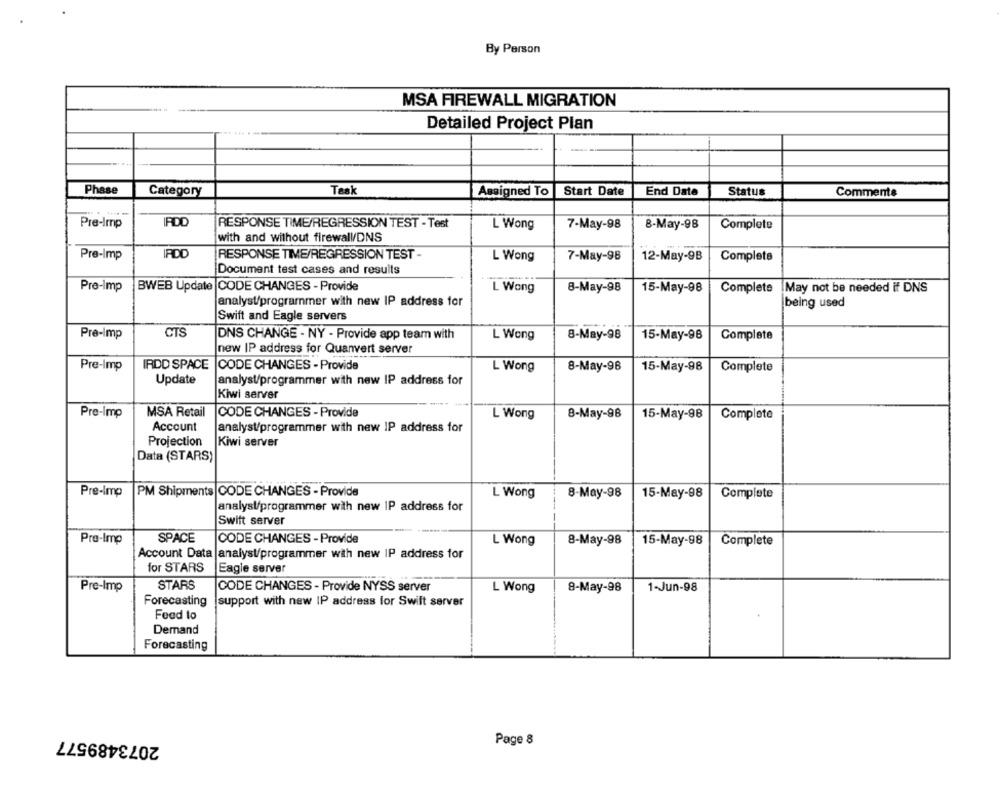
By Person
MSA FIREWALL MIGRATION
Detailed Project Plan
Phase
Tesk
Status
Category
Assigned To
Start Date
End Date
Comments
Pre-Imp
RESPONSE TIME/REGRESSION TEST - Test
L Wong
7-May-98
8-May-98
Complete
with and without firewall/DNS
IRDD
Pre-Imp
RESPONSE TIME/REGRESSION TEST -
L Wong
7-May-98
12-May-9B
Complete
Document test cases and results
Pre-Imp
BWEB Update CODE CHANGES - Provide
L Wong
8-May-98
15-May-98
Complete
May not be needed if DNS
analyst/programmer with new IP address for
being used
Swift and Eagle servers
CTS
Pre-Imp
DNS CHANGE - NY - Provide app team with
L Wong
8-May-98
15-May-98
Complete
new IP address for Quanvert server
IRDD SPACE
Pre-Imp
CODE CHANGES - Provide
L Wong
8-May-98
15-May-98
Complete
Update
analyst/programmer with new IP address for
Kiwi server
Pre-Imp
MSA Retail
CODE CHANGES - Provide
L Wong
8-May-98
15-May-98
Complete
Account
analyst/programmer with new IP address for
Projection
Kiwi server
Data (STARS)
Pre-Imp
PM Shipments CODE CHANGES - Provide
L Wong
8-May-98
15-May-98
Complete
analyst/programmer with new IP address for
Swift server
SPACE
CODE CHANGES - Provide
Pre-Imp
L Wong
8-May-98
15-May-98
Complete
Account Data |analyst/programmer with new IP address for
for STARS
Eagle server
Pre-Imp
STARS
CODE CHANGES - Provide NYSS server
L Wong
8-May-98
1-Jun-98
Forecasting
support with new IP address for Swift server
Feed to
Demand
Forecasting
2073489577
Page 8